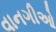
વાનગીઓ